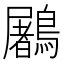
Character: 鷵